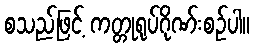
စသည်ဖြင့် ကတ္တုရုပ်ဂိုဏ်းစဉ်ပါ။